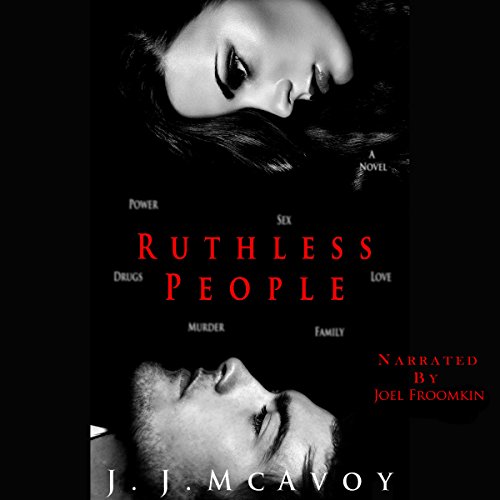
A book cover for Ruthless People; J. J. McAvoy; Romance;